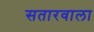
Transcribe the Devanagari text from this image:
सतारवाला